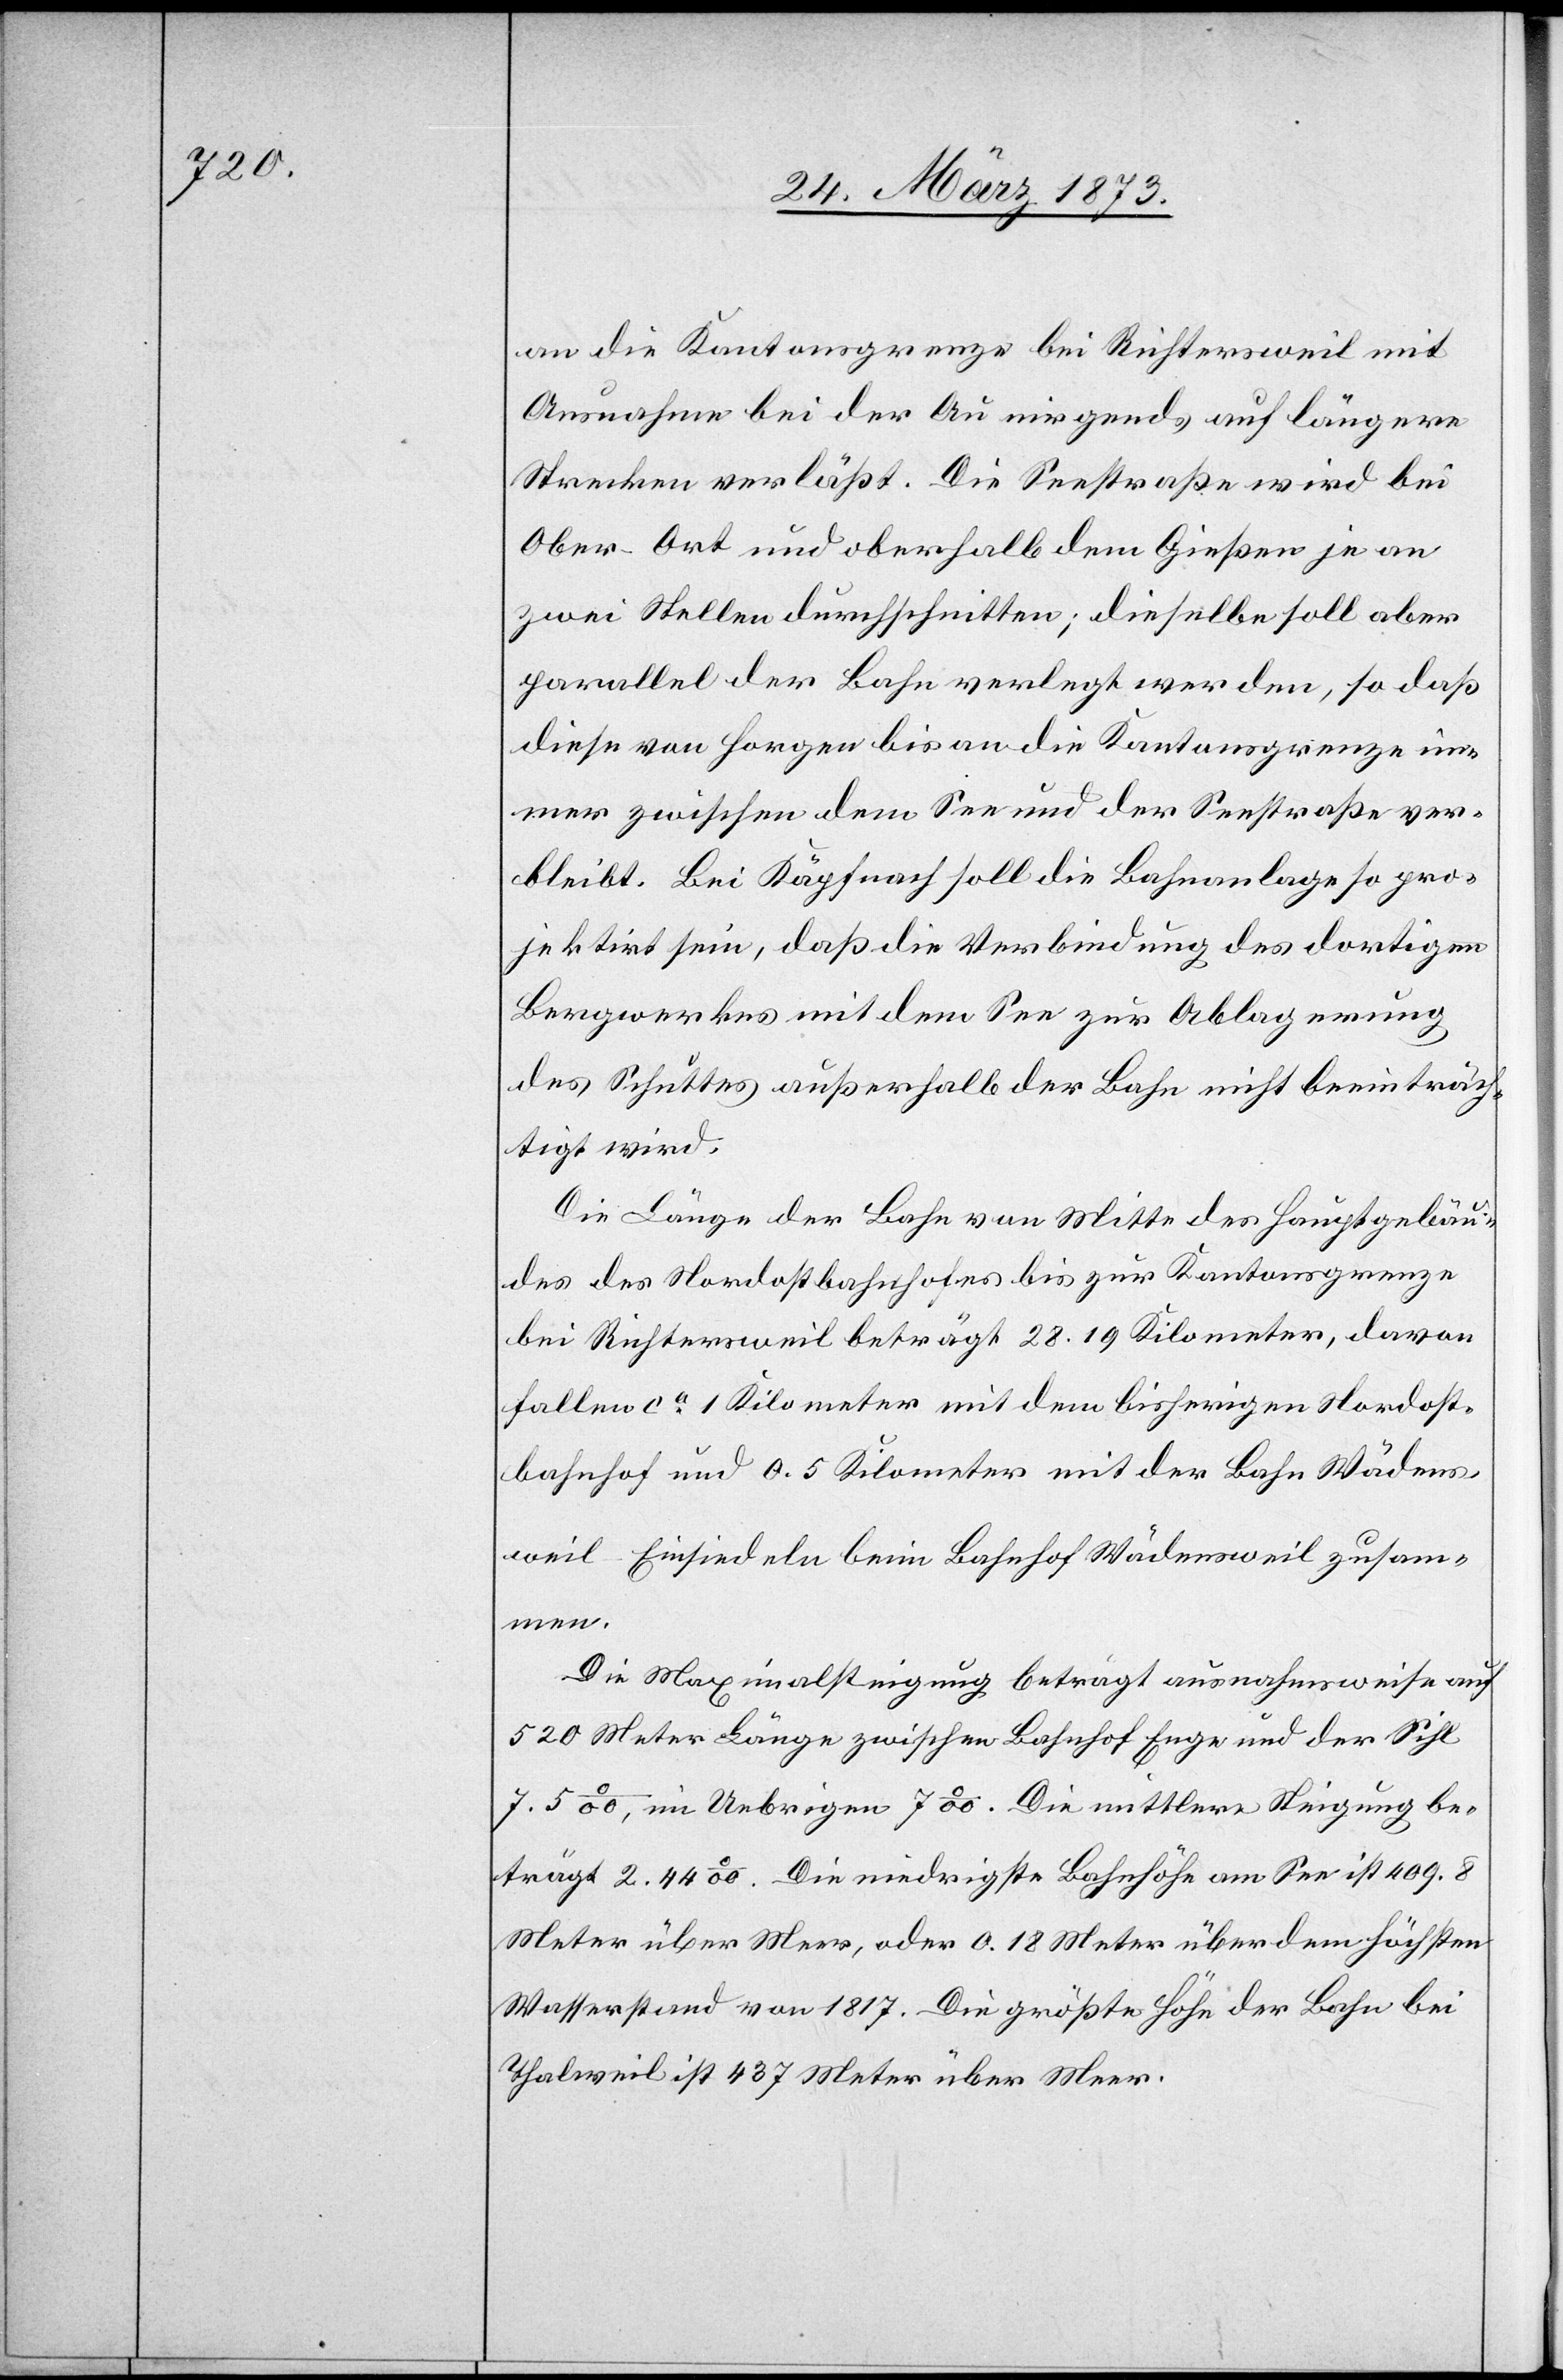
an die Kantonsgrenze bei Richtersweil mit
Ausnahme bei der Au nirgends auf längere
Strecken verläßt. Die Seestraße wird bei
Ober-Ort und oberhalb dem Gießen je an
zwei Stellen durchschnitten; dieselbe soll aber
parallel der Bahn verlegt werden, so daß
diese von Horgen bis an die Kantonsgrenze im¬
mer zwischen dem See und der Seestraße ver¬
bleibt. Bei Käpfnach soll die Bahnanlage so pro¬
jektirt sein, daß die Verbindung des dortigen
Bergwerkes mit dem See zur Ablagerung
des Schuttes außerhalb der Bahn nicht beeinträch¬
tigt wird.
Die Länge der Bahn von Mitte des Hauptgebäu¬
des des Nordostbahnhofes bis zur Kantonsgrenze
bei Richtersweil beträgt 28.19 Kilometer, davon
fallen ca 1 Kilometer mit dem bisherigen Nordost¬
bahnhof und 0.5 Kilometer mit der Bahn Wädens¬
weil–Einsiedeln beim Bahnhof Wädensweil zusam¬
men.
Die Maximalsteigung beträgt ausnahmsweise auf
520 Meter Länge zwischen Bahnhof Enge und der Sihl
7.5‰, im Uebrigen 7‰. Die mittlere Steigung be¬
trägt 2.44‰. Die niedrigste Bahnhöhe am See ist 409.8
Meter über Meer, oder 0.18 Meter über dem höchsten
Wasserstand von 1817. Die größte Höhe der Bahn bei
Thalweil ist 437 Meter über Meer.